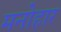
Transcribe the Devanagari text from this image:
मनोहार